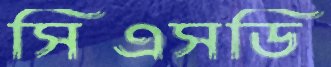
সিএসডি